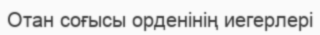
Отан соғысы орденінің иегерлері